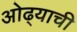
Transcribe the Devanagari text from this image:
ओढ्याची